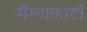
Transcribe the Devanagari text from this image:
मॅग्नाकार्टा